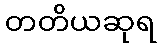
တတိယဆုရ